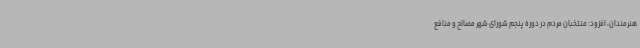
هنرمندان، افزود: منتخبان مردم در دوره پنجم شورای شهر مصالح و منافع